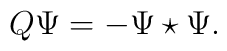
Q \Psi = -\Psi \star \Psi.